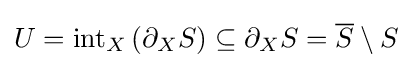
U=\operatorname {int} _{X}\left(\partial _{X}S\right)\subseteq \partial _{X}S={\overline {S}}\setminus S